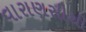
વારાણસીથી